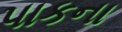
પાકના